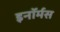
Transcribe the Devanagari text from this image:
इनॉर्मस